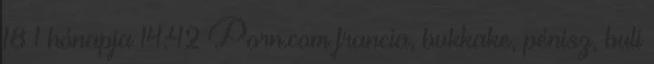
18 1 hónapja 14:42 Porn.com francia, bukkake, pénisz, buli